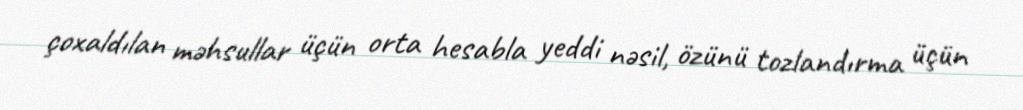
çoxaldılan məhsullar üçün orta hesabla yeddi nəsil, özünü tozlandırma üçün